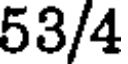
53/4